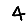
Digit: 4